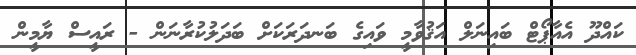
ކައްދޫ އެއާޕޯޓް ބައިނަލް އަޤުވާމީ ވައިގެ ބަނދަރަކަށް ބަދަލުކުރާނަން - ރައީސް ޔާމީން